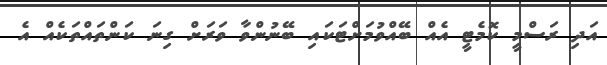
އަދި ރަސްމީ ކޮމެޓީ އެއް ބޭއްވުމަށްޓަކައި ބޭނުންވާ ވަރަށް ގިނަ ކަންތައްތަކެއް އެ